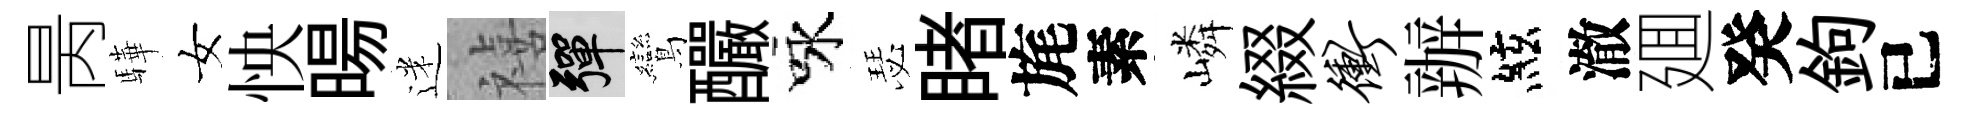
昺驊女怏暘迷禧彈鸞釅咏瑟睹旄素嶙綴冲辦絃澈廽癸鉤已